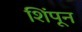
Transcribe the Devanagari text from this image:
शिंपून